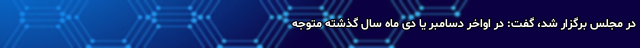
در مجلس برگزار شد، گفت: در اواخر دسامبر یا دی ماه سال گذشته متوجه